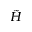
\tilde { H }